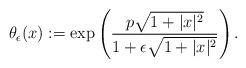
LaTeX: \begin{align*}\theta_{\epsilon}(x):=\exp \left(\frac{p\sqrt{1+|x|^2}}{1+\epsilon \sqrt{1+|x|^2}}\right). \end{align*}